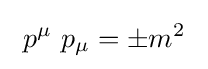
\ p^{\mu }\ p_{\mu }=\pm m^{2}\